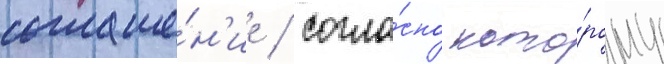
соглаше́н'ие / согла́сно кото́рому